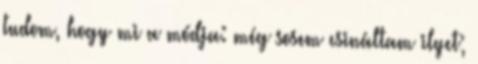
tudom, hogy mi a módja: még sosem csináltam ilyet;